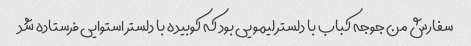
سفارش من جوجه کباب با دلستر لیمویی بود که کوبیده با دلستر استوایی فرستاده شد